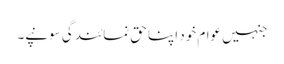
جنہیں عوام خود اپنا حقِ نمائندگی سونپے۔